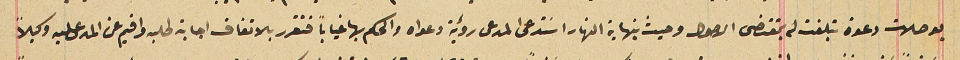
بوصلات دعوة تبلغت له بمقتضى الاصول وحيث بنهاية النهار اسَتدعى المدعى رؤية دعواه والحكم بها غياباً فتقرر بالاتفاق اجابة طلبه واقيم عن المدعى عليه وكيلاً